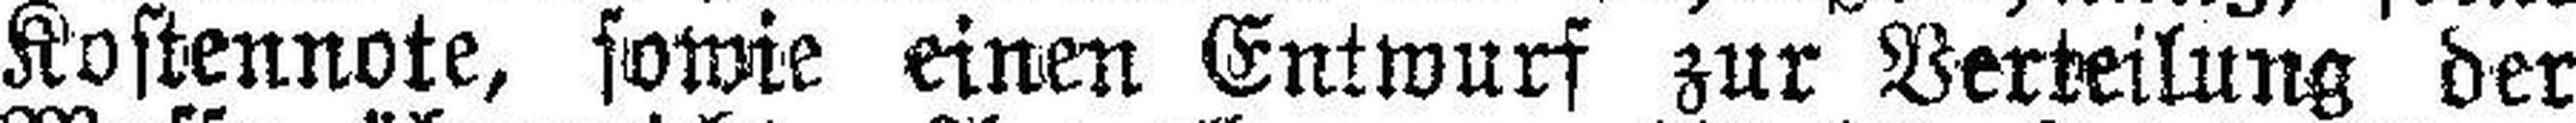
Kostennote, sowie einen Entwurf zur Verteilung der